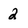
Character: 2